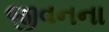
જીવનના